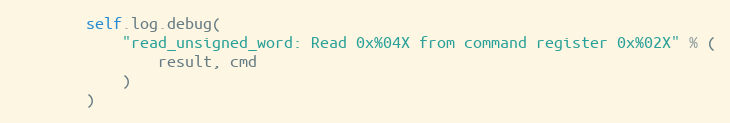
Language: Python
        self.log.debug(
            "read_unsigned_word: Read 0x%04X from command register 0x%02X" % (
                result, cmd
            )
        )